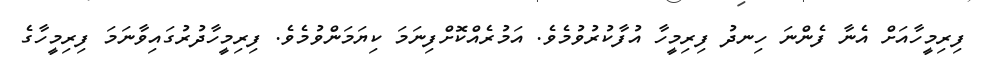
ފިރިމީހާއަށް އެނާ ފެންނަ ހިނދު ފިރިމީހާ އުފާކުރުވުމެވެ. އަމުރެއްކޮށްފިނަމަ ކިޔަމަންވުމެވެ. ފިރިމީހާދުރުގައިވާނަމަ ފިރިމީހާގެ